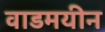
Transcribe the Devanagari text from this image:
वाडमयीन